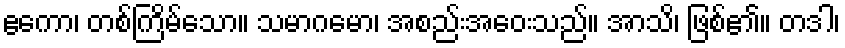
ဧကော၊ တစ်ကြိမ်သော။ သမာဂမော၊ အစည်းအဝေးသည်။ အာသိ၊ ဖြစ်၏။ တဒါ၊